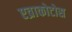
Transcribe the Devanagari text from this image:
एव्राकोटोस